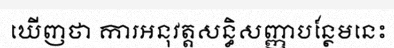
ឃើញថា ការអនុវត្តសន្ធិសញ្ញាបន្ថែមនេះ